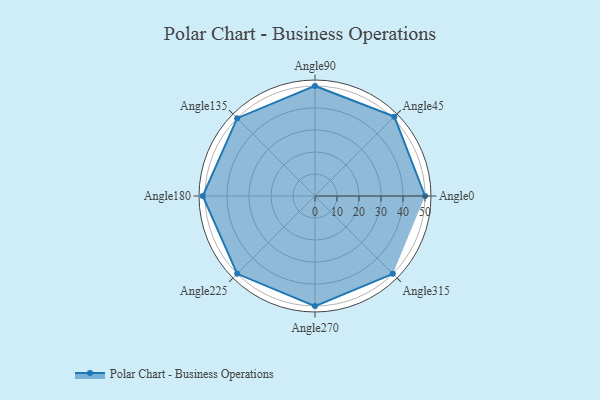
{"axis": {"x": "Angle", "y": "Radius"}, "legend": [""], "data": [{"x": "Angle0", "y": 50, "type": ""}, {"x": "Angle45", "y": 51.0, "type": ""}, {"x": "Angle90", "y": 50, "type": ""}, {"x": "Angle135", "y": 50, "type": ""}, {"x": "Angle180", "y": 51.0, "type": ""}, {"x": "Angle225", "y": 50, "type": ""}, {"x": "Angle270", "y": 50, "type": ""}, {"x": "Angle315", "y": 50, "type": ""}]}